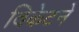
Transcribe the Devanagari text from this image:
विकेटने